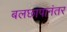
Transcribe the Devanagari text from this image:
बलछापानंतर